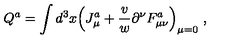
Q ^ { a } = \int d ^ { 3 } x \Bigl ( J _ { \mu } ^ { a } + { \frac { v } { w } } \partial ^ { \nu } F _ { \mu \nu } ^ { a } \Bigr ) _ { \mu = 0 } \ ,